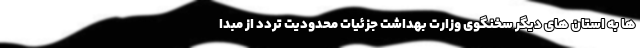
ها به استان های دیگر سخنگوی وزارت بهداشت جزئیات محدودیت تردد از مبدا